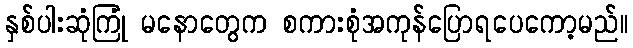
နှစ်ပါးဆုံကြုံ မနောတွေက စကားစုံအကုန်ပြောရပေကော့မည်။